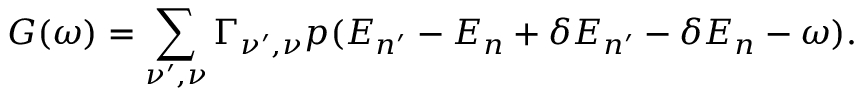
G ( \omega ) = \sum _ { \nu ^ { \prime } , \nu } \Gamma _ { \nu ^ { \prime } , \nu } p ( E _ { n ^ { \prime } } - E _ { n } + \delta E _ { n ^ { \prime } } - \delta E _ { n } - \omega ) .